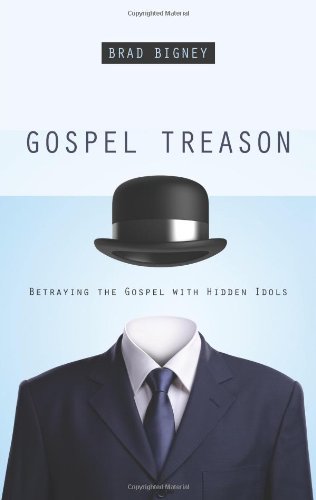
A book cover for Gospel Treason: Betraying the Gospel With Hidden Idols; Brad Bigney; Christian Books & Bibles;